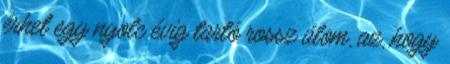
érhet egy nyolc évig tartó rossz álom, az, hogy